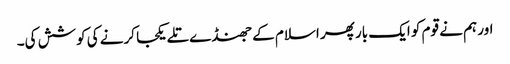
اور ہم نے قوم کو ایک بار پھر اسلام کے جھنڈے تلے یکجا کرنے کی کوشش کی۔